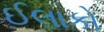
ઈલાકો